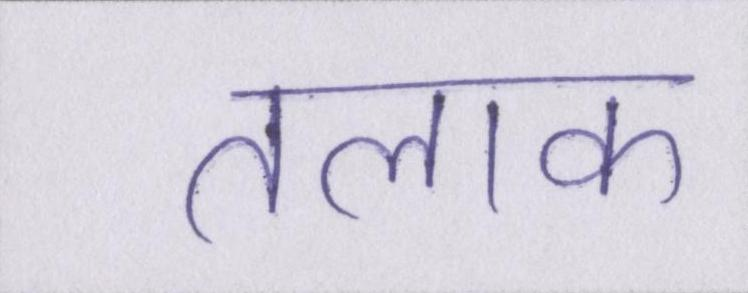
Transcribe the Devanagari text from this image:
तलाक